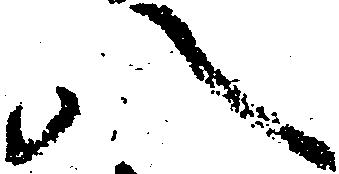
八